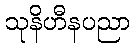
သုနိဟီနပညာ